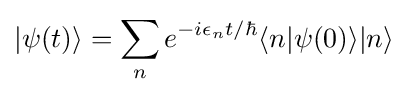
|\psi (t)\rangle =\sum _{n}e^{-i\epsilon _{n}t/\hbar }\langle n|\psi (0)\rangle |n\rangle